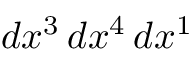
d x ^ { 3 } \, d x ^ { 4 } \, d x ^ { 1 }